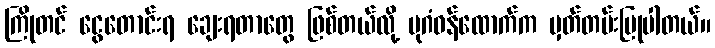
ကြိုတင် ငွေတောင်းရ ချေးရတာတွေ ဖြစ်တယ်လို့ ပုဂံဝန်ထောက်က မှတ်တမ်းပြုပါတယ်။